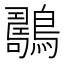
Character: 𪆇